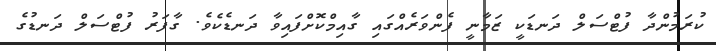
ކުރަމުންދާ ފުޓްސަލް ދަނޑަކީ ޒަމާނީ ފެންވަރެއްގައި ގާއިމްކޮށްފައިވާ ދަނޑެކެވެ. ގާފަރު ފުޓްސަލް ދަނޑުގެ